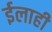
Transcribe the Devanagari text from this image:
ईलाही